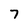
Character: 7